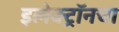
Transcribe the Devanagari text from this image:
इलेक्ट्रॉनचा